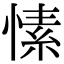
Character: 愫